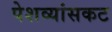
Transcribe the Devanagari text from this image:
पेशव्यांसकट